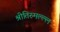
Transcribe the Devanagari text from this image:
श्रीतिरुमल्ल्ल